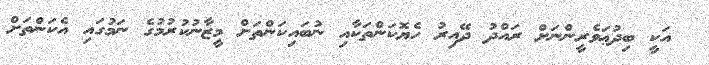
އަކީ ބިދުޢަވެރީންނަށް ރައްދު ދޭއިރު ހެޔޮކަންތަކާއި ނުބައިކަންތަށް މީޒާނުކުރުމުގެ ނަމުގައި އެކަންތަށް